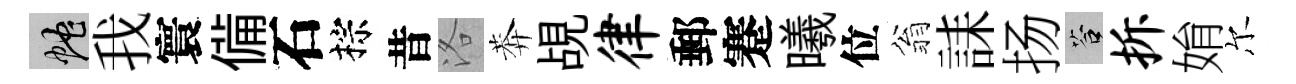
蛇我寰備石棕昔洛莾覘律郵蹇曦位翁誄扬答拆姢尔